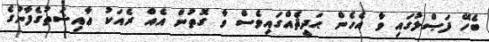
ބެހޭ ފަޞްލުގައި ވާ އެހެން ޙަދީޘެއްގައިވެސް ވާ ގޮތުން އެއް ރެއަކު ޢާއިޝަތުގެފާނުގެ